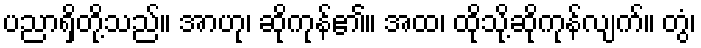
ပညာရှိတို့သည်။ အာဟု၊ ဆိုကုန်၏။ အထ၊ ထိုသို့ဆိုကုန်လျက်။ တွံ၊